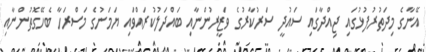
އޭނާގެ މިދަތުރުފުޅުގައި ޖިއްދާގައި ސައުދީ ސަރުކާރުގެ ވަޒީރުންނާއި ބައްދަލުކުރައްވައި ޔަމަނުގެ މަސްރަހާ ބެހޭގޮތުންނާއި